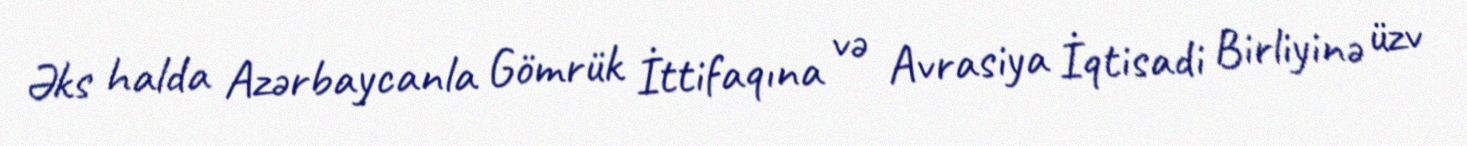
Əks halda Azərbaycanla Gömrük İttifaqına və Avrasiya İqtisadi Birliyinə üzv